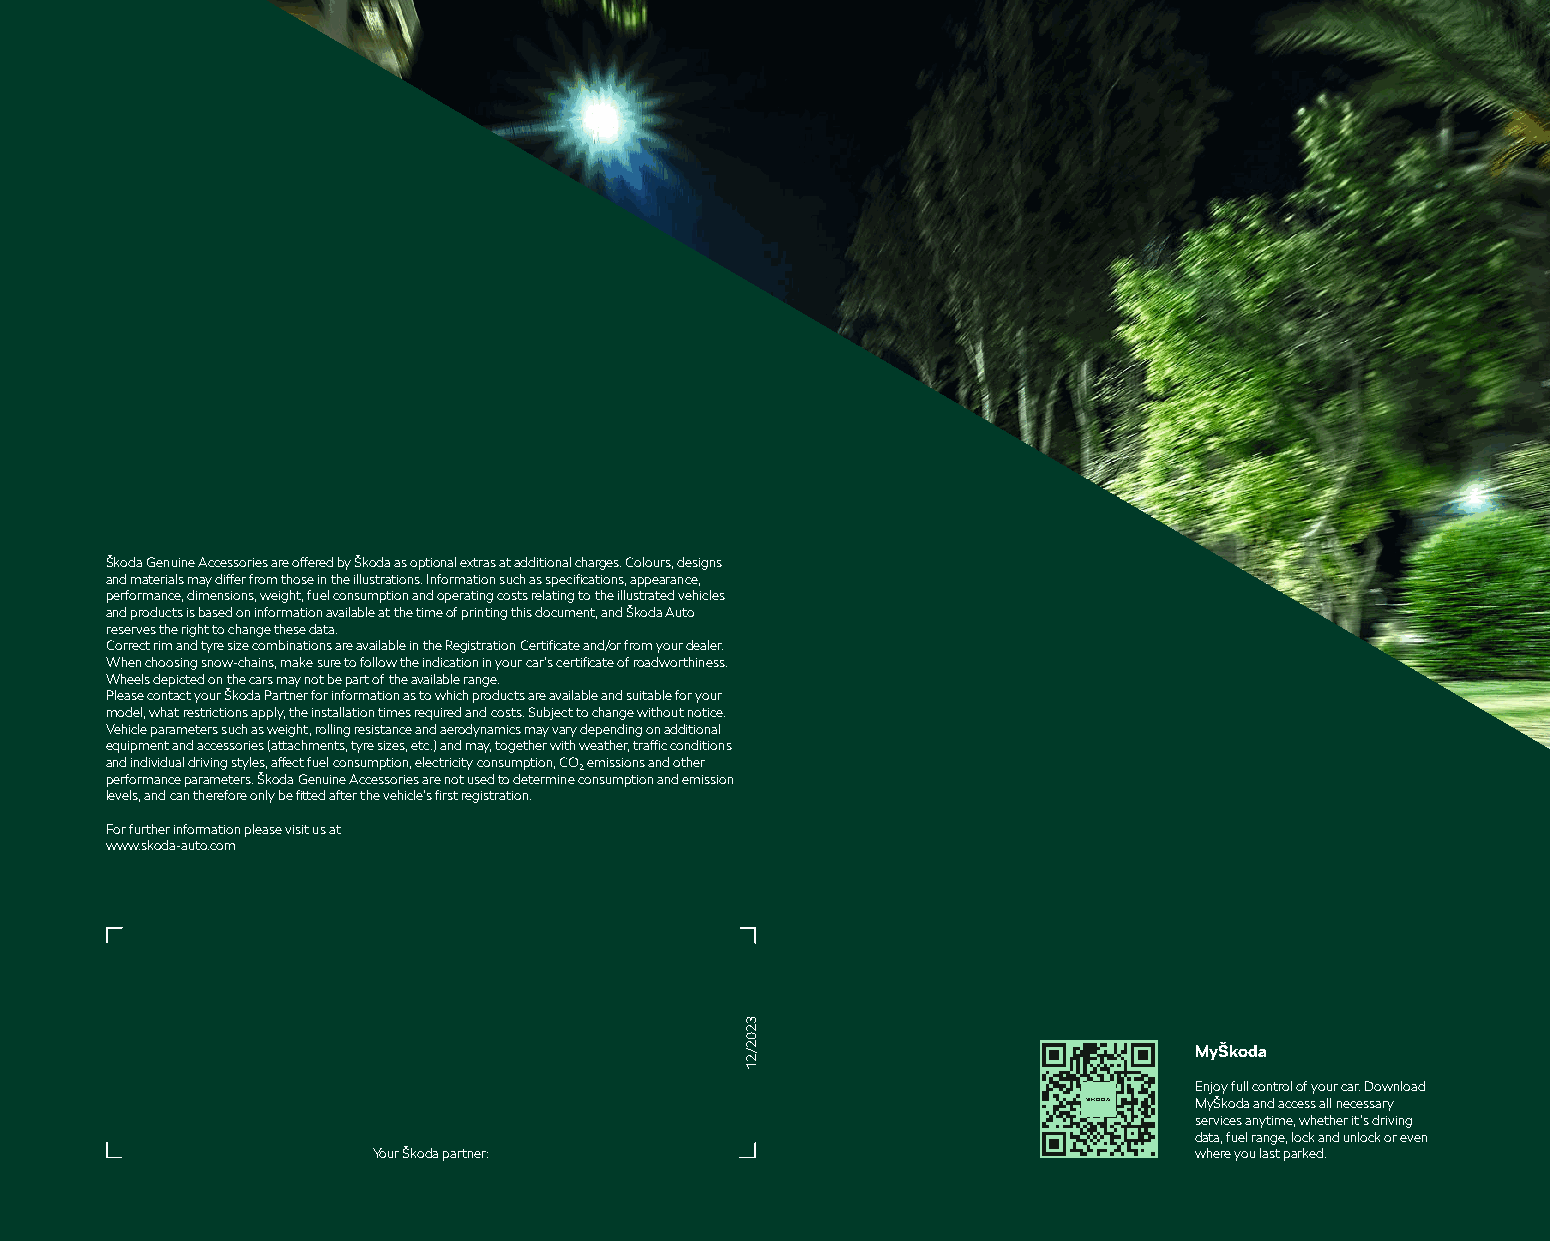
Škoda Genuine Accessories are off ered by Škoda as optional extras at additional charges. Colours, designs
 and materials may diff er from those in the illustrations. Information such as specifi cations, appearance,
 performance, dimensions, weight, fuel consumption and operating costs relating to the illustrated vehicles
 and products is based on information available at the time of printing this document, and Škoda Auto
 reserves the right to change these data.
 Correct rim and tyre size combinations are available in the Registration Certifi cate and/or from your dealer.
 When choosing snow-chains, make sure to follow the indication in your car‘s certifi cate of roadworthiness.
 Wheels depicted on the cars may not be part of the available range.
 Please contact your Škoda Partner for information as to which products are available and suitable for your
 model, what restrictions apply, the installation times required and costs. Subject to change without notice.
 Vehicle parameters such as weight, rolling resistance and aerodynamics may vary depending on additional
 equipment and accessories (attachments, tyre sizes, etc.) and may, together with weather, traffi c conditions
 and individual driving styles, aff ect fuel consumption, electricity consumption, CO2 emissions and other
 performance parameters. Škoda Genuine Accessories are not used to determine consumption and emission
 levels, and can therefore only be fi tted after the vehicle’s fi rst registration.
 For further information please visit us at
 www.skoda-auto.com
 MyŠkoda
 Enjoy full control of your car. Download
 MyŠkoda and access all necessary
 services anytime, whether it’s driving
 data, fuel range, lock and unlock or even
 Your Škoda partner:                                   where you last parked.
 3202/21